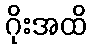
ဂိုးအထိ